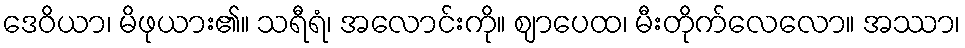
ဒေဝိယာ၊ မိဖုယား၏။ သရီရံ၊ အလောင်းကို။ ဈာပေထ၊ မီးတိုက်လေလော။ အဿာ၊